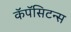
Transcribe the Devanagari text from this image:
कॅपॅसिटन्स